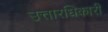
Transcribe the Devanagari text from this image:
उत्तारधिकारी